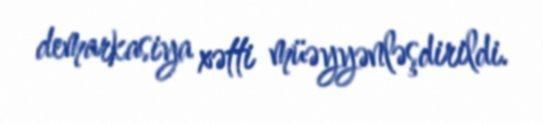
demarkasiya xətti müəyyənləşdirildi.